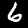
Digit: 6